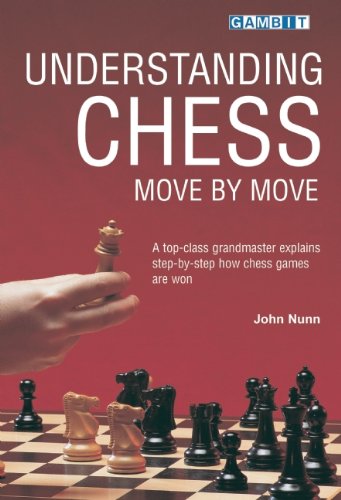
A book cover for Understanding Chess Move by Move; John Nunn; Humor & Entertainment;